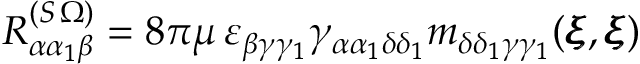
R _ { \alpha \alpha _ { 1 } \beta } ^ { ( S \, \Omega ) } = 8 \pi \mu \, \varepsilon _ { \beta \gamma \gamma _ { 1 } } \gamma _ { \alpha \alpha _ { 1 } \delta \delta _ { 1 } } m _ { \delta \delta _ { 1 } \gamma \gamma _ { 1 } } ( { \pmb \xi } , { \pmb \xi } )